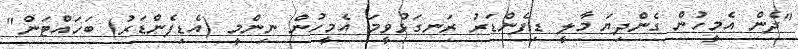
"ދެން އެމީހުން ގެންދިޔަ މާލީ ޑިފެންޑަރު ރަނގަޅުވީމަ އެމީހުން ނިންމީ (އެޑިފެންޑަރު) ބަހައްޓަން"